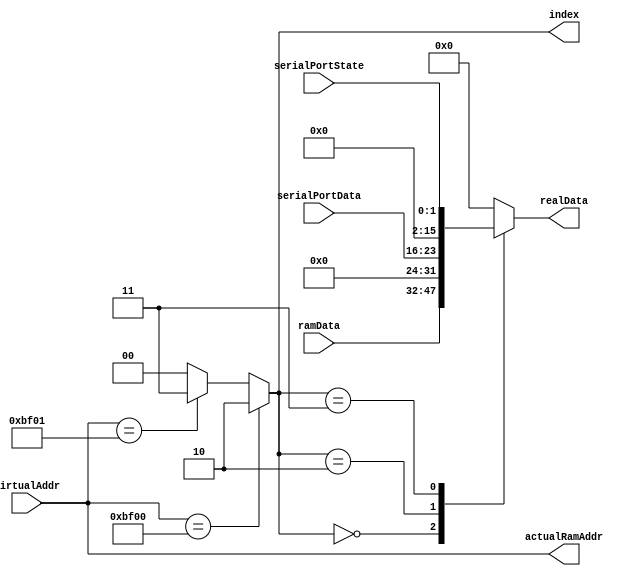
module memoryMapping (
  input [15:0] virtualAddr,
  output reg [15:0] actualRamAddr,
  input [15:0] ramData,
  input [7:0] serialPortData,
  input [1:0] serialPortState,
  output reg [15:0] realData,
  output reg [1:0] index
);

localparam RAM = 2'b00,
  SERIALPORT_DATA = 2'b10,
  SERIALPORT_STATE = 2'b11;

always @ (virtualAddr)
begin
  actualRamAddr = virtualAddr;
  if (virtualAddr == 16'hbf00)
    index = SERIALPORT_DATA;
  else if (virtualAddr == 16'hbf01)
    index = SERIALPORT_STATE;
  else
    index = RAM;
end

always @ (*)
  case (index)
    RAM:
      realData = ramData;
    SERIALPORT_DATA:
      realData = {8'h00, serialPortData};
    SERIALPORT_STATE:
      realData = {14'b00000000000000, serialPortState};
    default:
      realData = 0;
  endcase

endmodule